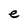
Character: e